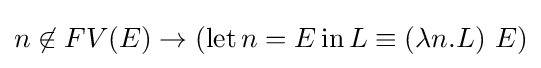
n\not \in FV(E)\to (\operatorname {let} n=E\operatorname {in} L\equiv (\lambda n.L)\ E)